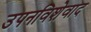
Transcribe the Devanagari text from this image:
उपनविशेवाद